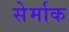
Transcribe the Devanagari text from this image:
सेर्माक